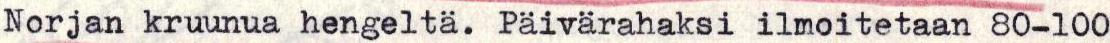
Norjan kruunua hengeltä. Päivärahaksi ilmoitetaan 80-100